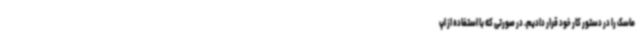
ماسک را در دستور کار خود قرار دادیم. در صورتی که با استفاده از اپ